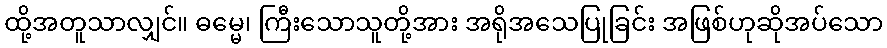
ထို့အတူသာလျှင်။ ဓမ္မေ၊ ကြီးသောသူတို့အား အရိုအသေပြုခြင်း အဖြစ်ဟုဆိုအပ်သော